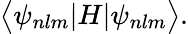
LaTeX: \big<\psi_{nlm}|H|\psi_{nlm}\big>.